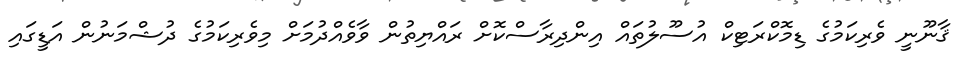
ޤާނޫނީ ވެރިކަމުގެ ޑިމޮކްރަޓިކް އުސޫލުތައް އިންދިރާސްކޮށް ރައްޔިތުން ވާވެއްދުމަށް މިވެރިކަމުގެ ދުޝްމަނުން އަޑީގައި